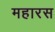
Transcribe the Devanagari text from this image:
महारस